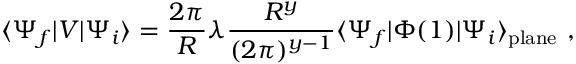
\langle \Psi _ { f } | V | \Psi _ { i } \rangle = \frac { 2 \pi } { R } \lambda \frac { R ^ { y } } { ( 2 \pi ) ^ { y - 1 } } \langle \Psi _ { f } | \Phi ( 1 ) | \Psi _ { i } \rangle _ { \mathrm { p l a n e } } \ ,